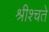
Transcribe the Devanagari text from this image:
श्रीश्चते